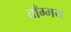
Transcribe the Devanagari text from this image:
वाँग्मय